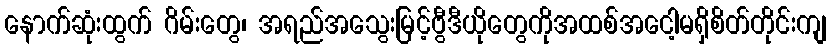
နောက်ဆုံးထွက် ဂိမ်းတွေ၊ အရည်အသွေးမြင့်ဗွီဒီယိုတွေကိုအထစ်အငေါ့မရှိစိတ်တိုင်းကျ